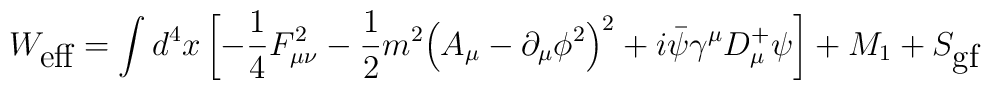
W_{\mbox{eff}}=\int d^4x \left[               -\frac{1}{4}F^2_{\mu\nu}               -\frac{1}{2}m^2{\left(A_\mu-{\partial_\mu\phi^2}\right)}^2               +i\bar\psi\gamma^\mu D^+_\mu \psi\right]               +M_1               +S_{\mbox{gf}}